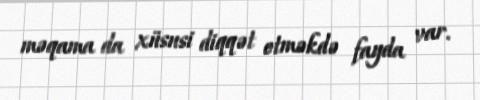
məqama da xüsusi diqqət etməkdə fayda var.